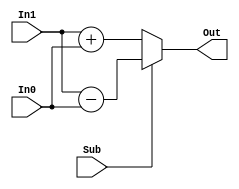
module AddSub_mod #(parameter SIZE = 8) (
	
	input Sub,
	input [SIZE-1:0] In1, In0,
	output reg [SIZE-1:0] Out
	);

	
	//assign Out = Sub?(In1-In0):(In1+In0);
	
//	if(In1 > In0)
	//		diff = In1 - In0;
	//	else
	//		diff = In0 - In1;

	always@(Sub, In1, In0)
	begin
		if(Sub)
				Out = In1 - In0;
		else
			Out = In1+In0;
	end





endmodule